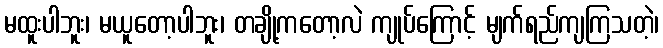
မထူးပါဘူး၊ မယူတော့ပါဘူး၊ တချို့ကတော့လဲ ကျုပ်ကြောင့် မျက်ရည်ကျကြသတဲ့၊